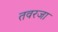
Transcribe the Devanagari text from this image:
तवरजा